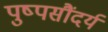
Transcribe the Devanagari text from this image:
पुष्पसौंदर्य